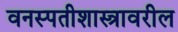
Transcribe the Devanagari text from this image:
वनस्पतीशास्त्रावरील